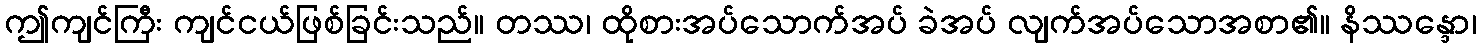
ဤကျင်ကြီး ကျင်ငယ်ဖြစ်ခြင်းသည်။ တဿ၊ ထိုစားအပ်သောက်အပ် ခဲအပ် လျက်အပ်သောအစာ၏။ နိဿန္ဒော၊